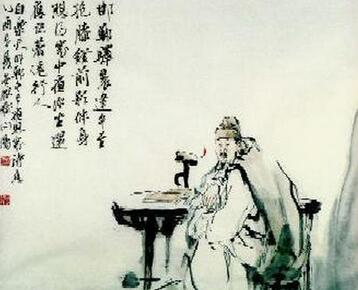
心之官则思，思则得之，不思则不得也。